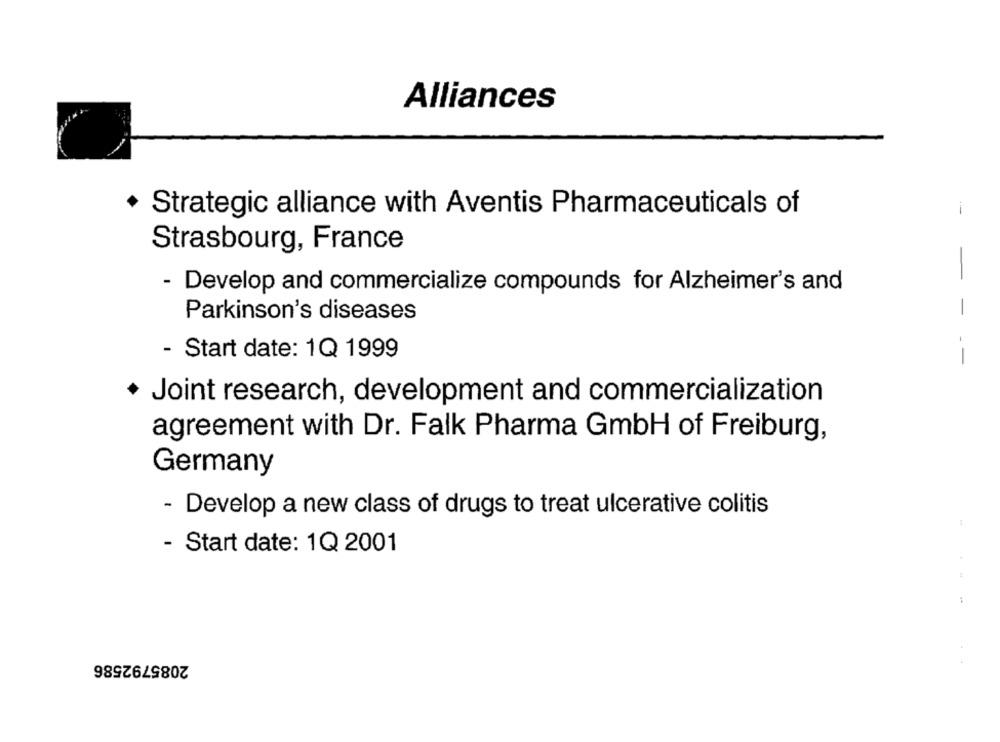
Alliances
Strategic alliance with Aventis Pharmaceuticals of
Strasbourg, France
- Develop and commercialize compounds for Alzheimer's and
Parkinson's diseases
- Start date: 1Q 1999
--
Joint research, development and commercialization
agreement with Dr. Falk Pharma GmbH of Freiburg,
Germany
- Develop a new class of drugs to treat ulcerative colitis
- Start date: 1Q 2001
2085792586